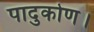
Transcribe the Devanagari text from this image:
पादुकोण।